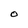
Character: O